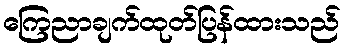
ကြေညာချက်ထုတ်ပြန်ထားသည်